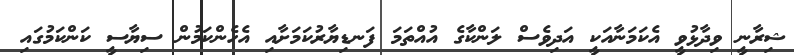
ޝިރާނީ ވިދާޅުވީ އެކަމަނާއަކީ އަދިވެސް ލަންކާގެ އުއްތަމަ ފަނޑިޔާރުކަމަށާއި އެހެންކަމުން ސިޔާސީ ކަންކަމުގައި